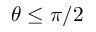
\theta \leq \pi / 2